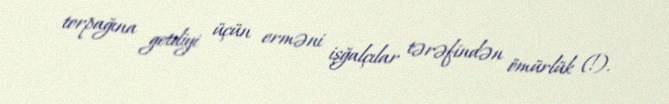
torpağına getdiyi üçün erməni işğalçılar tərəfindən ömürlük (!).